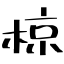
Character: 椋